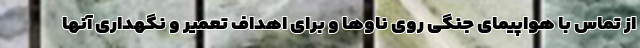
از تماس با هواپیمای جنگی روی ناوها و برای اهداف تعمیر و نگهداری آنها